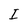
Character: I